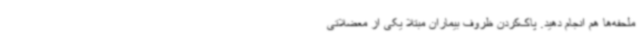
ملحفه‌ها هم انجام دهید. پاک‌کردن ظروف بیماران مبتلا یکی از معضلاتی